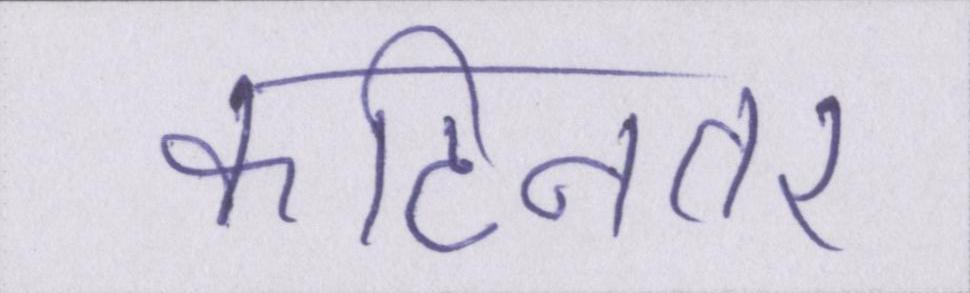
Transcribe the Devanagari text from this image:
कठिनतर